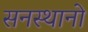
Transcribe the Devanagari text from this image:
सनस्थानो